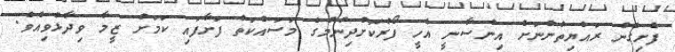
ފެށިގެން ރައްޔިތުންނަށް އިންސާނީ އެހީ ފޯރުކޮށްދިނުމުގެ މަސައްކަތް ފަށާފައި ކަމަށް ޒީމާ ވިދާޅުވިއެވެ.